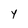
Character: Y